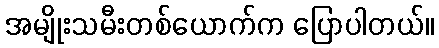
အမျိုးသမီးတစ်ယောက်က ပြောပါတယ်။